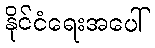
နိုင်ငံရေးအပေါ်